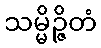
သမ္မိဉ္ဇိတံ